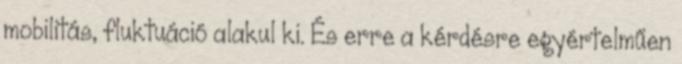
mobilitás, fluktuáció alakul ki. És erre a kérdésre egyértelműen